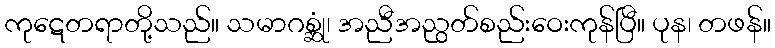
ကုဋေတရာတို့သည်။ သမာဂစ္ဆုံ၊ အညီအညွတ်စည်းဝေးကုန်ပြီ။ ပုန၊ တဖန်။